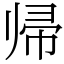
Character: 帰